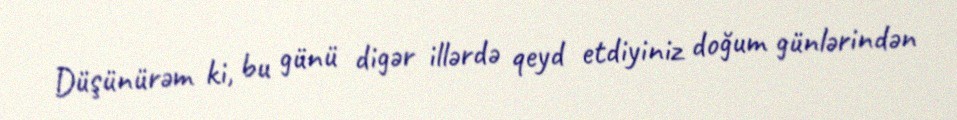
Düşünürəm ki, bu günü digər illərdə qeyd etdiyiniz doğum günlərindən